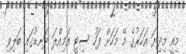
މިއީ މިދިޔަ އަހަރުގެ މޭ މަހަށް ފަހު ސިޓީ އަމިއްލަ ދަނޑުގައި ބަލިވި